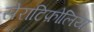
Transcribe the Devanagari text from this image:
सेराटिफ़ोलिया